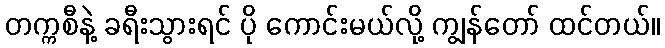
တက္ကစီနဲ့ ခရီးသွားရင် ပို ကောင်းမယ်လို့ ကျွန်တော် ထင်တယ်။